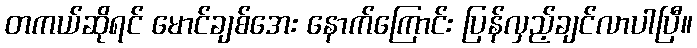
တကယ်ဆိုရင် မောင်ချစ်အေး နောက်ကြောင်း ပြန်လှည့်ချင်လာပါပြီ။